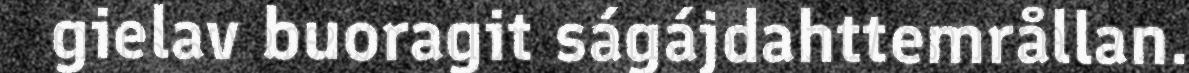
gielav buoragit ságájdahttemrållan.